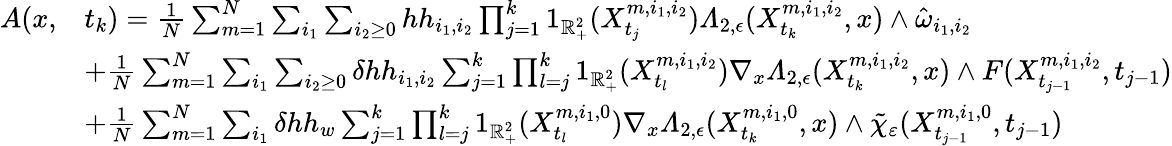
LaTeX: \begin{array}{rl}{A(x,}&{t_{k})=\frac{1}{N}\sum_{m=1}^{N}\sum_{i_{1}}\sum_{i_{2}\geq 0}hh_{i_{1},i_{2}}\prod_{j=1}^{k}1_{\mathbb{R}_{+}^{2}}(X_{t_{j}}^{m,i_{1},i_{2}})\varLambda_{2,\epsilon}(X_{t_{k}}^{m,i_{1},i_{2}},x)\wedge\hat{\omega}_{i_{1},i_{2}}}\\ &{+\frac{1}{N}\sum_{m=1}^{N}\sum_{i_{1}}\sum_{i_{2}\geq 0}\delta hh_{i_{1},i_{2}}\sum_{j=1}^{k}\prod_{l=j}^{k}1_{\mathbb{R}_{+}^{2}}(X_{t_{l}}^{m,i_{1},i_{2}})\nabla_{x}\varLambda_{2,\epsilon}(X_{t_{k}}^{m,i_{1},i_{2}},x)\wedge F(X_{t_{j-1}}^{m,i_{1},i_{2}},t_{j-1})}\\ &{+\frac{1}{N}\sum_{m=1}^{N}\sum_{i_{1}}\delta hh_{w}\sum_{j=1}^{k}\prod_{l=j}^{k}1_{\mathbb{R}_{+}^{2}}(X_{t_{l}}^{m,i_{1},0})\nabla_{x}\varLambda_{2,\epsilon}(X_{t_{k}}^{m,i_{1},0},x)\wedge\tilde{\chi}_{\varepsilon}(X_{t_{j-1}}^{m,i_{1},0},t_{j-1})}\end{array}